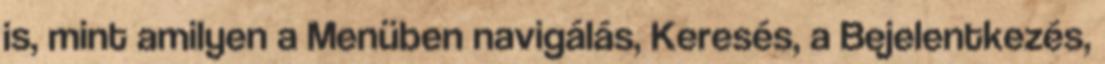
is, mint amilyen a Menüben navigálás, Keresés, a Bejelentkezés,